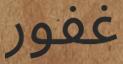
غفور